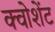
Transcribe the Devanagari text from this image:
क्वोशेंट